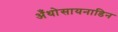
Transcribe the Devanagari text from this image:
अँथोसायनाडिन